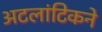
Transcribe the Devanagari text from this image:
अटलांटिकने